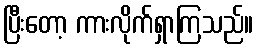
ပြီးတော့ ကားလိုက်ရှာကြသည်။